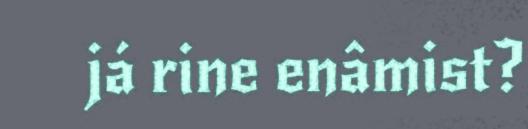
já rine enâmist?